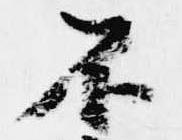
不